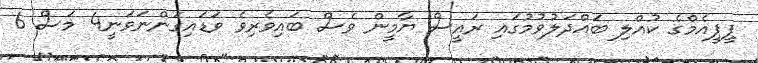
ޕީޕީއެމްގެ ކުއްލި ބައްދަލުވުމުގައި ރައީސް ޔާމީން ވެސް ބައިވެރިވެ ވަޑައިގަންނަވަނީ4 މަސް 6